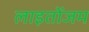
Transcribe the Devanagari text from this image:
लाइतोंजम